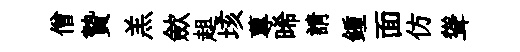
僧贄羔歛趄垓蓴晞請鍾面仿聳